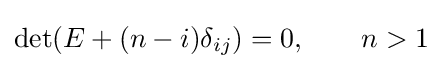
\det(E+(n-i)\delta _{ij})=0,\qquad n>1